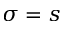
\sigma = s